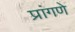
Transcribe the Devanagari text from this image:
प्रांगणे